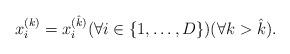
LaTeX: \begin{align*} x^{(k)}_{i} = x^{(\hat{k})}_{i} (\forall i \in \{ 1, \dots, D \}) (\forall k > \hat{k}). \end{align*}